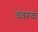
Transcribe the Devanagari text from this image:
चंबरक